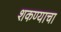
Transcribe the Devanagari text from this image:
शकण्याचा